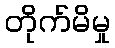
တိုက်မိမှု